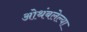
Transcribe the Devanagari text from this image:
ओथंबलेल्या